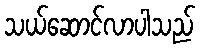
သယ်ဆောင်လာပါသည်